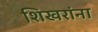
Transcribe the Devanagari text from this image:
शिखरांना